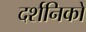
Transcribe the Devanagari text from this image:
दर्शनिकों